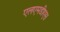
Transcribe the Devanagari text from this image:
एलएमडीएस